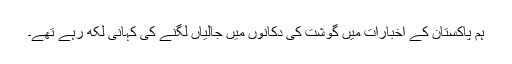
ہم پاکستان کے اخبارات میں گوشت کی دکانوں میں جالیاں لگنے کی کہانی لکھ رہے تھے۔